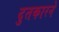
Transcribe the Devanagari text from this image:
दुतकारने